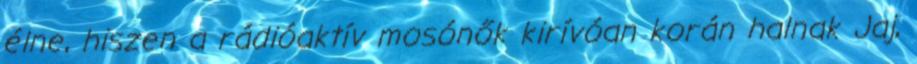
élne, hiszen a rádióaktív mosónők kirívóan korán halnak Jaj,